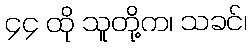
၄၄ ထို သူတို့က၊ သခင်၊